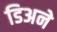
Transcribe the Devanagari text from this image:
डिअने